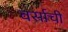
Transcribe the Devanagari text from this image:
वर्साची